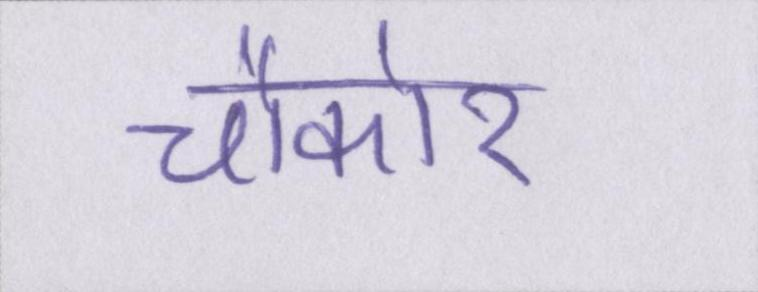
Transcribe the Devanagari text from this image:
चौकोर